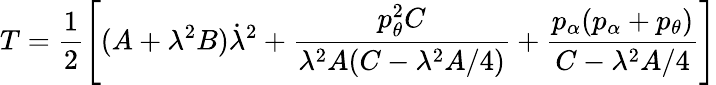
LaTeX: T=\frac{1}{2}\left[(A+\lambda^{2}B)\dot{\lambda}^{2}+\frac{p_{\theta}^{2}C}{\lambda^{2}A(C-\lambda^{2}A/4)}+\frac{p_{\alpha}(p_{\alpha}+p_{\theta})}{C-\lambda^{2}A/4}\right]